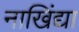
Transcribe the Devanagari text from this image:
नाखिंद्या